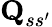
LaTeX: \textbf{Q}_{ss^{\prime}}